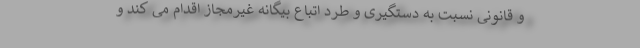
و قانونی نسبت به دستگیری و طرد اتباع بیگانه غیرمجاز اقدام می کند و